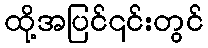
ထို့အပြင်၎င်းတွင်